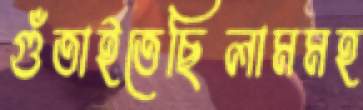
গুঁতাইতেছিলামমহ